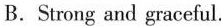
B.Strong and graceful.